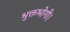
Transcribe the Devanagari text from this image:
भुक्तभोगी।